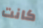
كانت